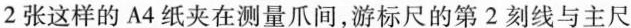
2张这样的A4纸夹在测量爪间，游标尺的第2刻线与主尺